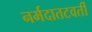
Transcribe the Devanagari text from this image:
नर्मदातटवर्ती